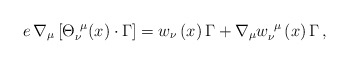
\begin{align*}e\,\nabla _\mu \left[ {\Theta }_\nu ^{~\mu }(x)\cdot \Gamma \right] ={w}_\nu\left( x\right) \Gamma +\nabla _\mu {w}_\nu ^{~\mu }\left( x\right) \Gamma\,, \end{align*}